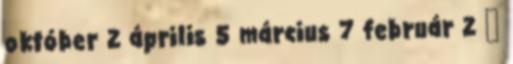
október 2 április 5 március 7 február 2 ▼